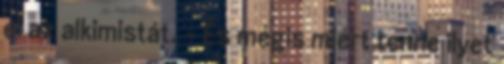
el az alkimistát. - És mégis miért tenne ilyet